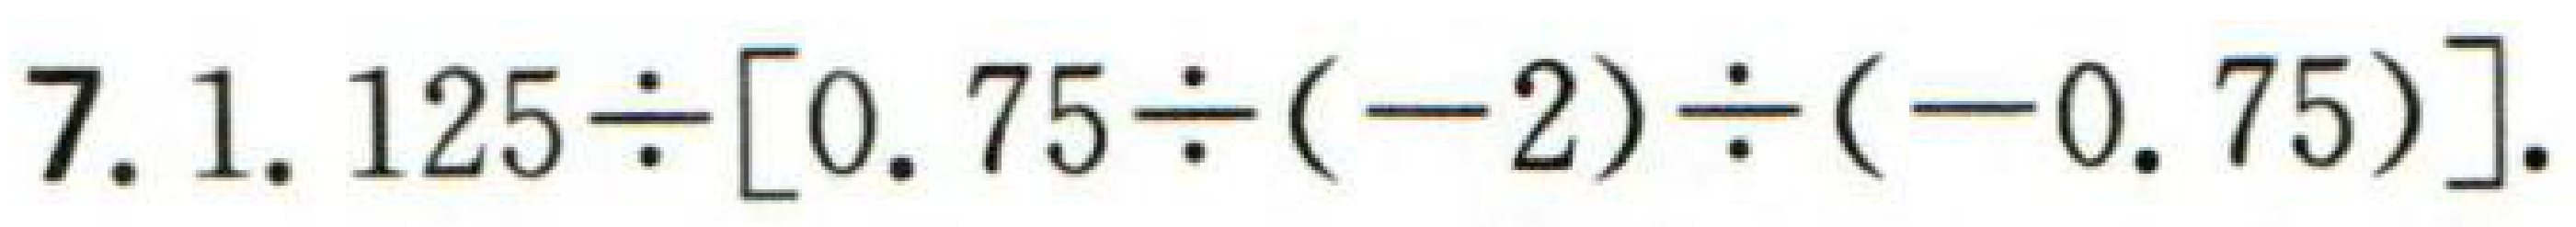
\(7.1.125\div[0.75\div(-2)\div(-0.75)]\).